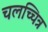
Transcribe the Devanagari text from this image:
चलच्चित्र